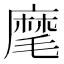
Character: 麾